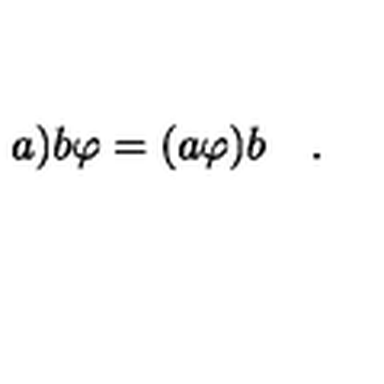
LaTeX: a \mathbf { ) } b \varphi = ( a \varphi ) b \quad .